system: You are a helpful assistant.
user:
Analyze the provided spectrum to determine if it is a **White Dwarf (WD)**.

A White Dwarf spectrum is defined by its **extreme purity** (due to gravitational settling) and/or **extreme pressure broadening** (due to high surface gravity). You must check for one of the following mutually exclusive signatures:

- **Key Visual Indicators (Check for ONE of these types):**

    - **1. DA-Type Signature (Most Common):**
        - **(Primary Feature):** Extreme pressure broadening (Stark broadening) of the **Hydrogen (H) Balmer lines**.
        - **(Key Lines):** $H\beta$ (approx. $4861$ Å) and $H\gamma$ (approx. $4340$ Å). $H\alpha$ (approx. $6563$ Å) will also be present if the wavelength range covers it.
        - **(Line Profile):** This is the **defining feature**. The lines are **NOT** sharp. They appear as massive, **extremely broad and deep "troughs" or "dips"** in the spectrum, often hundreds of Ångströms wide. The continuum will appear to "scoop" down at these wavelengths.
        - **(Distinction):** Normal A-type or B-type stars have *narrow* and *sharp* Hydrogen lines. A DA White Dwarf's lines are unmistakably "smeared" or "blurry" from pressure.

    - **2. DB-Type Signature:**
        - **(Primary Feature):** Broad absorption lines from **Neutral Helium (He I)**. The spectrum must lack any visible Hydrogen lines.
        - **(Key Lines):** Look for broad absorption near $4471$ Å, $4921$ Å, and $5876$ Å.
        - **(Line Profile):** These lines are also significantly pressure-broadened, appearing much wider than they would in a normal B-type main-sequence star.

    - **3. DC-Type Signature:**
        - **(Primary Feature):** A **featureless continuous spectrum**.
        - **(Line Profile):** The spectrum is a smooth curve with **no significant absorption or emission lines**.
        - **(Key Confirmation):** The continuum is almost always **blue or white**, indicating a hot object. This signature implies the atmosphere is so pure (or so cool) that no spectral lines are visible in the optical range. Its WD identity is confirmed by its extremely low intrinsic brightness (high absolute magnitude).

    - **4. DZ-Type Signature (Metal-Polluted):**
        - **(Primary Feature):** **Isolated, narrow metal absorption lines** on an otherwise featureless (DC-like) continuum.
        - **(Key Lines):** The **Calcium (Ca II) H & K doublet** (approx. **$3934$ Å** and **$3968$ Å**) is the most common and defining feature.
        - **(Line Profile):** These lines are "out of place." They are *not* part of a "forest" of thousands of lines. This signature is evidence of recent *accretion* (pollution) from rocky debris.
        - **(Distinction):** Normal G/K/M stars have a *dense forest* of thousands of metal lines. A DZ has a *clean* continuum with *only a few* strong metal lines.

    - **5. DQ-Type Signature (Carbon-Polluted):**
        - **(Primary Feature):** Absorption bands from **Carbon (C₂ "Swan Bands" or atomic C I)**.
        - **(Key Lines - C₂):** Look for bandheads with a "saw-tooth" shape near $5635$ Å, **$5165$ Å** (strongest), and $4737$ Å.
        - **(Key Confirmation):** The underlying **continuum must be blue or white** (hot).
        - **(Distinction):** This is the critical difference from a **Carbon Star**, which has the *exact same* C₂ bands but on an extremely **red, cool** continuum.

- **(Overall Spectrum):**
    - The continuum (overall shape) is typically **blue-sloping** (brighter in the blue than the red), as most white dwarfs are very hot.
    - The spectrum will look "pure" or "simple," dominated by only *one* of the five signatures listed above.

Think first, call **spectral_visualization_tool** if needed to examine features in detail, then provide your final answer. Your response must adhere to the following strict rules:
1.  **Overall Structure:** Your response must follow the format `<think>...</think> <tool_call>...</tool_call> (if a tool is used) <answer>...</answer>`.
2.  **Tool Usage Constraint:** You may only make **one** tool call per turn.
3.  **Final Answer Format:** In the `<answer>` tag, your conclusion must be inside a `\boxed{}` command (e.g., `\boxed{YES}` or `\boxed{NO}`), followed by your justification.

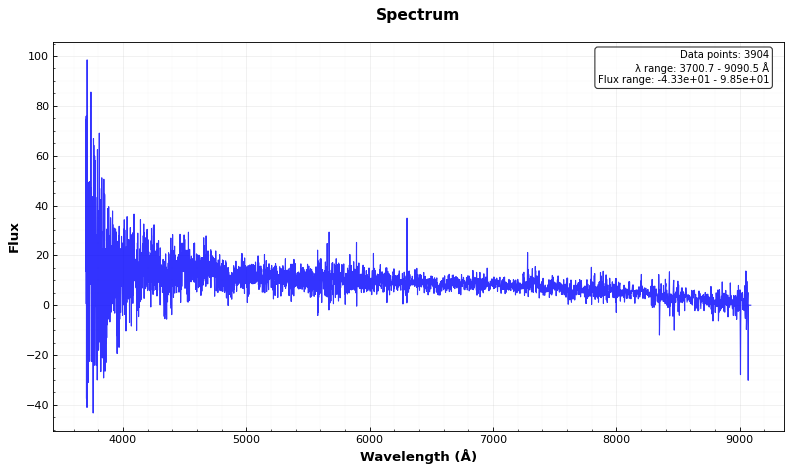
Answer: YES